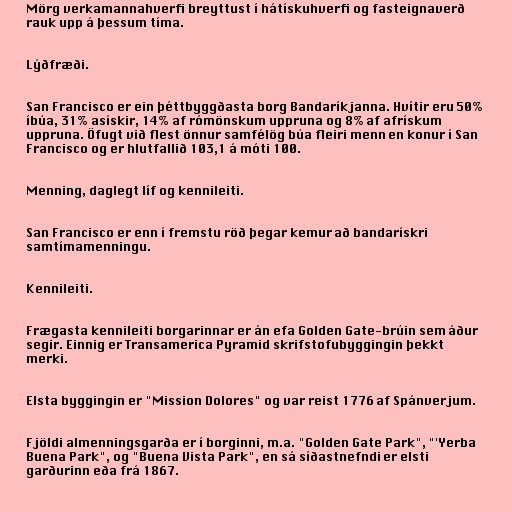
Mörg verkamannahverfi breyttust í hátískuhverfi og fasteignaverð
rauk upp á þessum tíma.

Lýðfræði.

San Francisco er ein þéttbyggðasta borg Bandaríkjanna. Hvítir eru 50%
íbúa, 31% asískir, 14% af rómönskum uppruna og 8% af afrískum
uppruna. Öfugt við flest önnur samfélög búa fleiri menn en konur í San
Francisco og er hlutfallið 103,1 á móti 100.

Menning, daglegt líf og kennileiti.

San Francisco er enn í fremstu röð þegar kemur að bandarískri
samtímamenningu.

Kennileiti.

Frægasta kennileiti borgarinnar er án efa Golden Gate-brúin sem áður
segir. Einnig er Transamerica Pyramid skrifstofubyggingin þekkt
merki.

Elsta byggingin er "Mission Dolores" og var reist 1776 af Spánverjum.

Fjöldi almenningsgarða er í borginni, m.a. "Golden Gate Park", "'Yerba
Buena Park", og "Buena Vista Park", en sá síðastnefndi er elsti
garðurinn eða frá 1867.